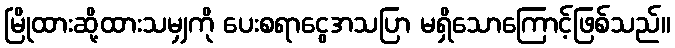
မြိုထားဆို့ထားသမျှကို ပေးစရာငွေအသပြာ မရှိသောကြောင့်ဖြစ်သည်။